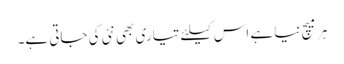
ہر میچ نیا ہے اس کیلئے تیاری بھی نئی کی جاتی ہے۔